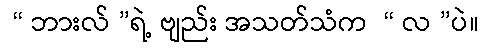
 “ ဘားလ် ”ရဲ့ ဗျည်း အသတ်သံက  “ လ ”ပဲ။